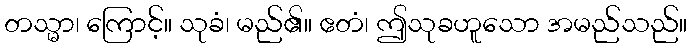
တသ္မာ၊ ကြောင့်။ သုခံ၊ မည်၏။ ဧတံ၊ ဤသုခဟူသော အမည်သည်။